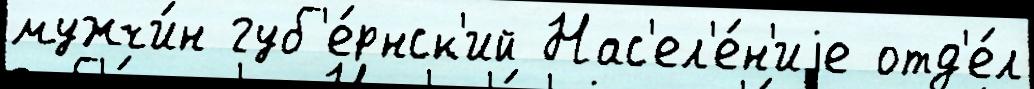
мужчи́н губ'е́рнск'ий Нас'ел'е́н'иjе отд'е́л